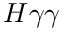
H \gamma \gamma